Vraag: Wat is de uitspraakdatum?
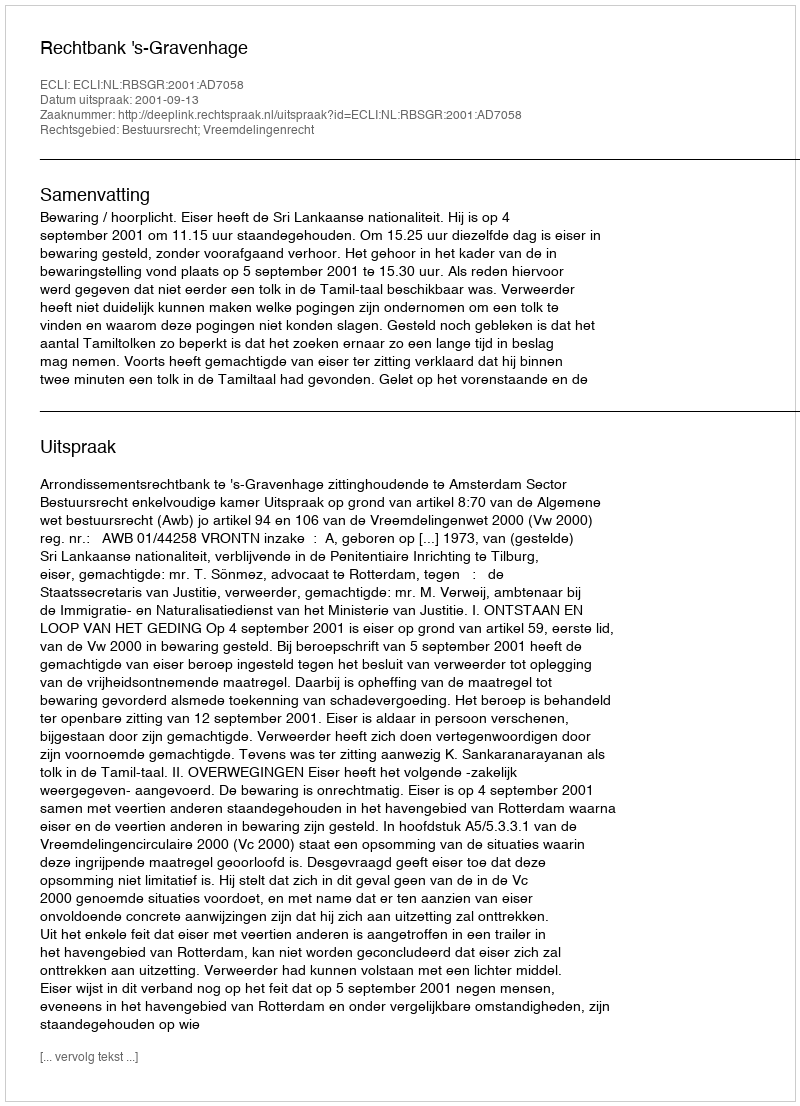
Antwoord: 2001-09-13